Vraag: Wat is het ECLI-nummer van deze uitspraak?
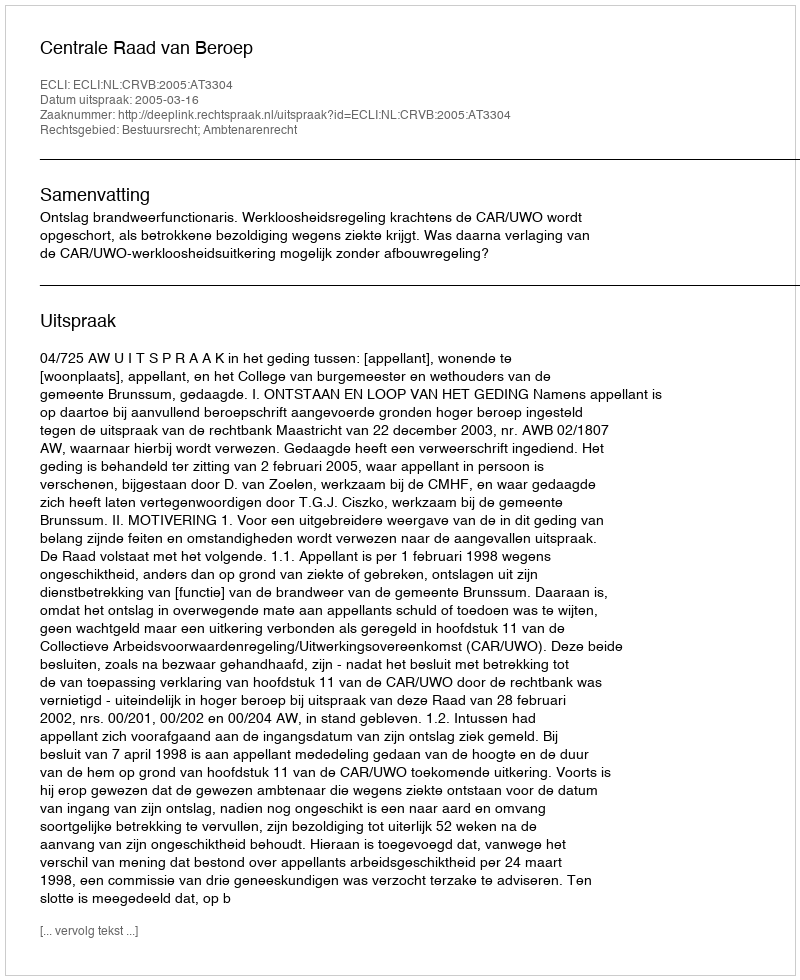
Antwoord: ECLI:NL:CRVB:2005:AT3304